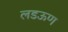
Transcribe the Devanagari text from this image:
लडऊण